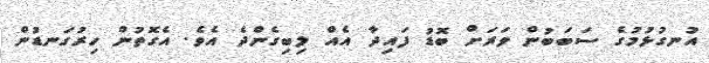
އުނގުޅުމުގެ ސަބަބުން ވަރަށް ބޮޑު ފައިދާ އެއް ލިބިގެންދެ އެވެ. އެގޮތުން ހިރުގަނޑުން